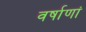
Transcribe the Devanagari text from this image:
वर्षाणां